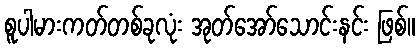
စူပါမားကတ်တစ်ခုလုံး အုတ်အော်သောင်းနင်း ဖြစ်။